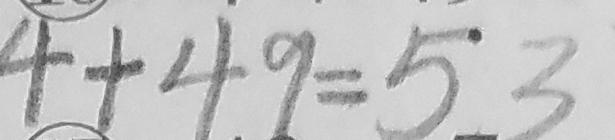
4 + 4 9 = 5 3